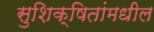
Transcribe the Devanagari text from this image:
सुशिक्षितांमधील